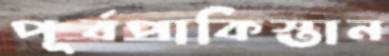
পূর্বপাকিস্তান